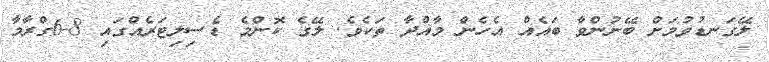
ލޭގަނޑުވުމަށް ބޭނުންވާ ބައެއް އެހެން މާއްދާ ތަކެވެ. ލޭގެ ކޮންމެ ޑެސިލިޓަރެއްގައި 8-6ގްރާމާ